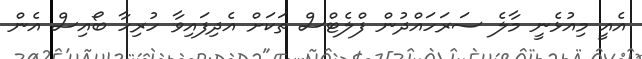
އެއީ މިއުޅެނީ މާލެ ސަރަހައްދުން ފްލެޓްސް ތަކަށް އެދިފައިވާ ހުރިހާ ބޯއިސް އެން